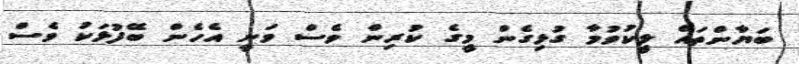
ބަޔާންތައް ލީކުވުމާ ގުޅިގެން މީގެ ކުރިން ވެސް ވަނީ އެހެން ބޭފުޅަކު ވެސް